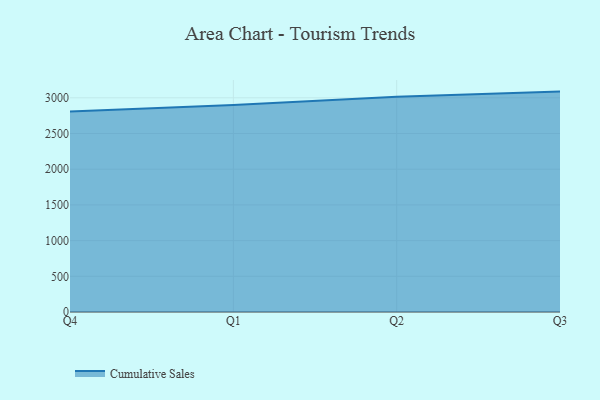
{"axis": {"x": "Quarter", "y": "Gross Profit (USD K)"}, "legend": ["Cumulative Sales"], "data": [{"x": "Q4", "y": 2809.8, "type": "Cumulative Sales"}, {"x": "Q1", "y": 2898.5, "type": "Cumulative Sales"}, {"x": "Q2", "y": 3013.0, "type": "Cumulative Sales"}, {"x": "Q3", "y": 3086.8, "type": "Cumulative Sales"}]}